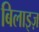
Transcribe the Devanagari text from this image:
बिलाइज़